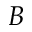
B